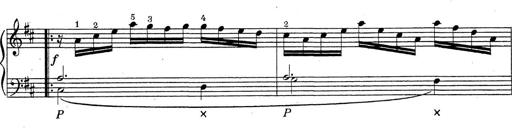
Title: ÄŒeskÃ© Sonatiny
Composer: Various